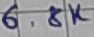
Text: 6.8K